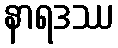
နာရဒဿ